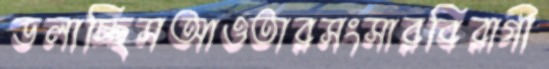
ডলাচ্ছিসআওতারসংসারবিরাগী